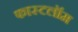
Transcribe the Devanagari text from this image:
फास्टलॉम